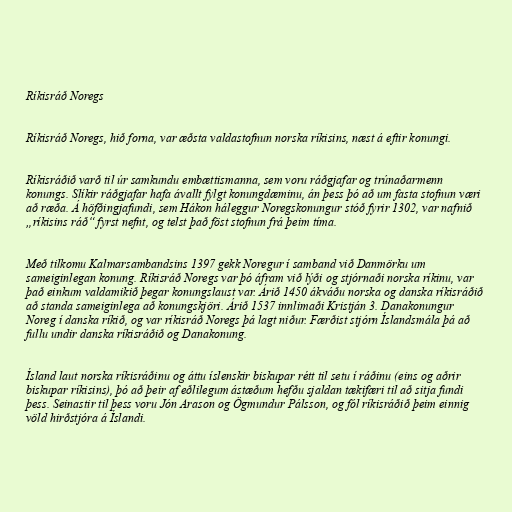
Ríkisráð Noregs

Ríkisráð Noregs, hið forna, var æðsta valdastofnun norska ríkisins, næst á eftir konungi.

Ríkisráðið varð til úr samkundu embættismanna, sem voru ráðgjafar og trúnaðarmenn
konungs. Slíkir ráðgjafar hafa ávallt fylgt konungdæminu, án þess þó að um fasta stofnun væri
að ræða. Á höfðingjafundi, sem Hákon háleggur Noregskonungur stóð fyrir 1302, var nafnið
„ríkisins ráð“ fyrst nefnt, og telst það föst stofnun frá þeim tíma.

Með tilkomu Kalmarsambandsins 1397 gekk Noregur í samband við Danmörku um
sameiginlegan konung. Ríkisráð Noregs var þó áfram við lýði og stjórnaði norska ríkinu, var
það einkum valdamikið þegar konungslaust var. Árið 1450 ákváðu norska og danska ríkisráðið
að standa sameiginlega að konungskjöri. Árið 1537 innlimaði Kristján 3. Danakonungur
Noreg í danska ríkið, og var ríkisráð Noregs þá lagt niður. Færðist stjórn Íslandsmála þá að
fullu undir danska ríkisráðið og Danakonung.

Ísland laut norska ríkisráðinu og áttu íslenskir biskupar rétt til setu í ráðinu (eins og aðrir
biskupar ríkisins), þó að þeir af eðlilegum ástæðum hefðu sjaldan tækifæri til að sitja fundi
þess. Seinastir til þess voru Jón Arason og Ögmundur Pálsson, og fól ríkisráðið þeim einnig
völd hirðstjóra á Íslandi.